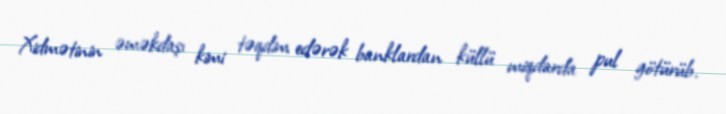
Xidmətinin əməkdaşı kimi təqdim edərək banklardan küllü miqdarda pul götürüb.